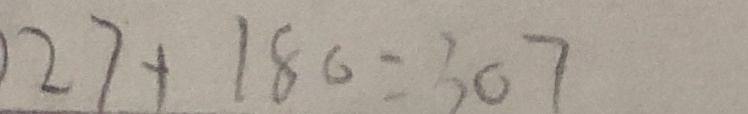
1 2 7 + 1 8 0 = 3 0 7